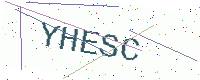
Text: YHESC